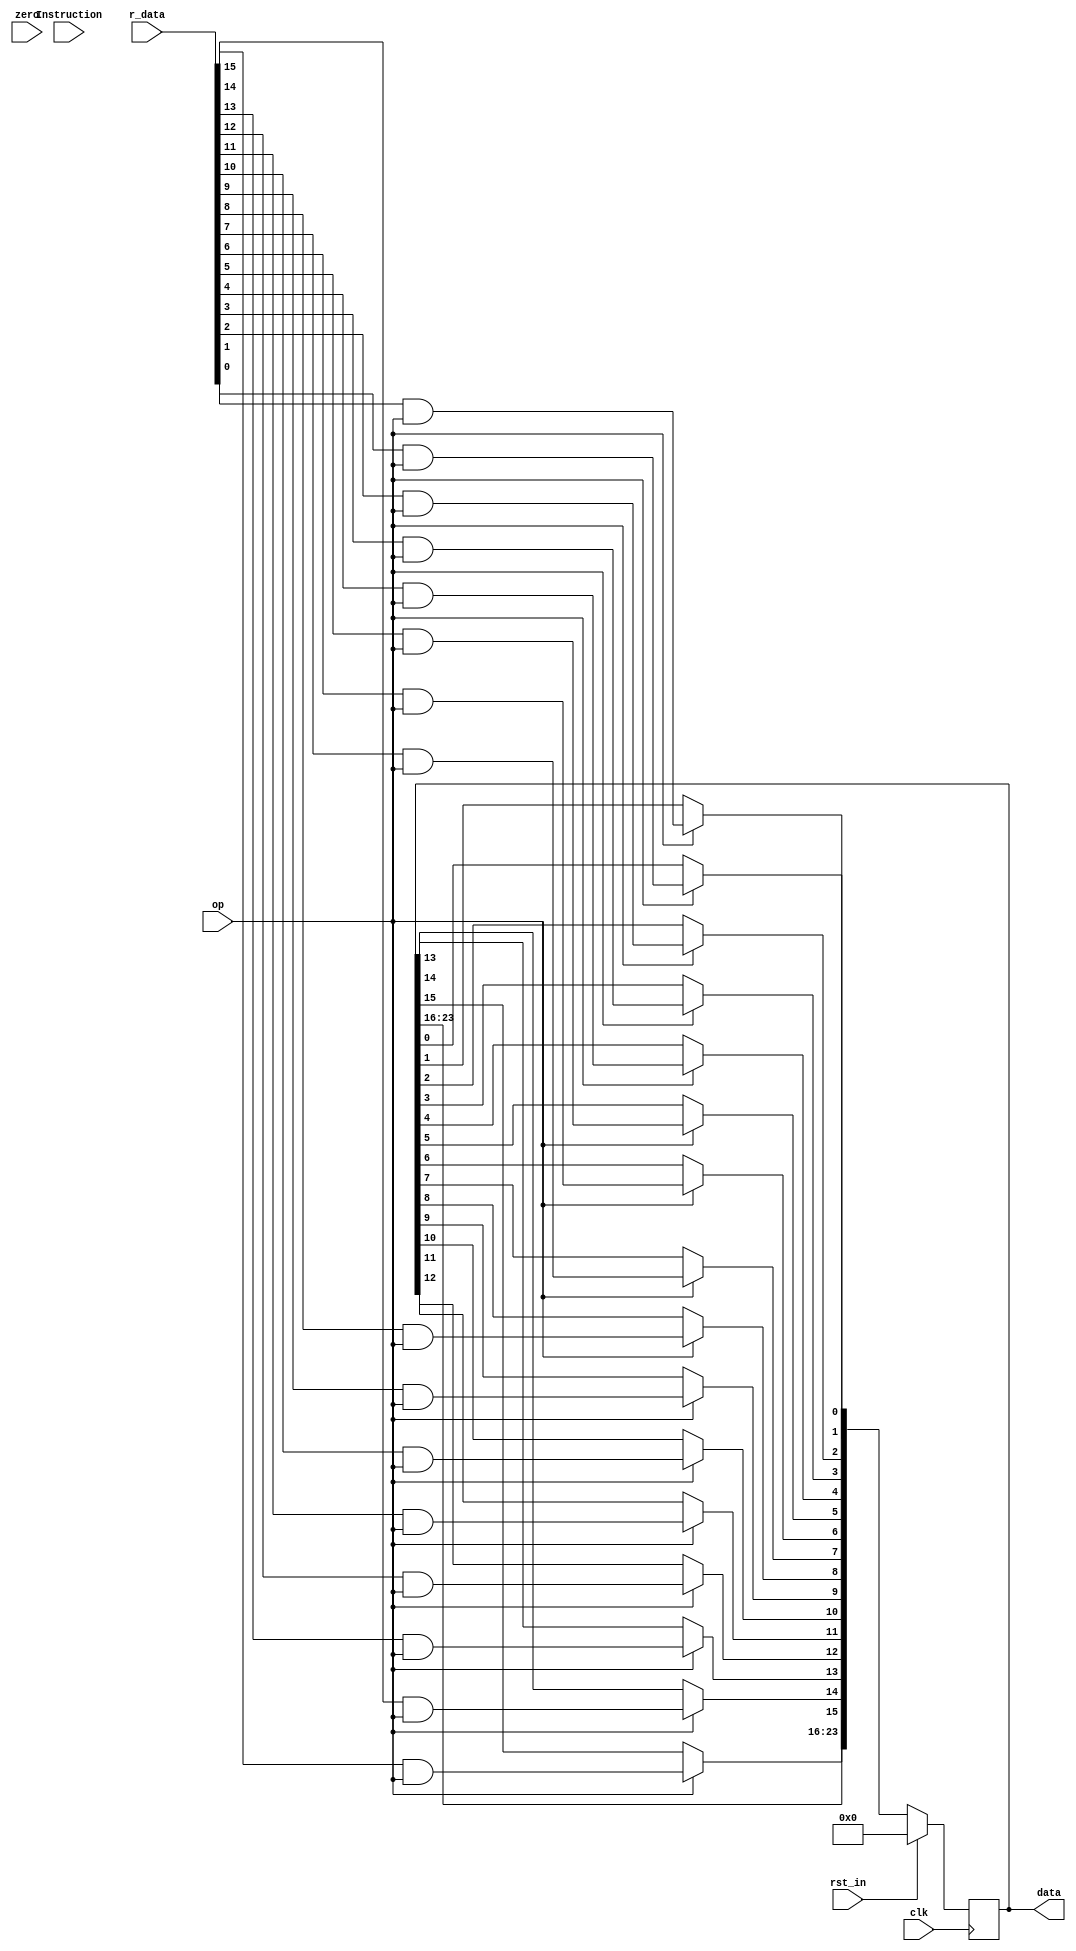
`timescale 1ns / 1ps
//////////////////////////////////////////////////////////////////////////////////
// Company: 
// Engineer: 
// 
// Design Name: 
// Module Name: Led
// Project Name: 
// Target Devices: 
// Tool Versions: 
// Description: 
// 
// Dependencies: 
// 
// Revision:
// Revision 0.01 - File Created
// Additional Comments:
// 
//////////////////////////////////////////////////////////////////////////////////


module Led(
    zero,op,data,r_data,Instruction, rst_in, clk
    );
    input zero;
    input rst_in;
    input clk;
    input[31:0] Instruction;
    input op;                   //show if op=1
    output reg[23:0] data;          //
    input[15:0] r_data;         //data

    wire enable;
    assign enable = (Instruction>0); 
    /*always @* begin
        out[23:18] <= (out[23:18]|opcode);
        out[15:0] <= (out[15:0]|r_data);
    end*/
    always @(negedge clk) begin
        if (rst_in) begin
            data = 0;
        end
        else if(op==1) begin
            //data = {Instruction[31:16],Instruction[7:0]};
            // data[23:18] = Instruction[31:26];
            // data[17] = zero;
            // data[16] = enable;

            data[15]=(r_data[15]&op);
            data[14]=(r_data[14]&op);
            data[13]=(r_data[13]&op);
            data[12]=(r_data[12]&op);
            data[11]=(r_data[11]&op);
            data[10]=(r_data[10]&op);
            data[9]=(r_data[9]&op);
            data[8]=(r_data[8]&op);
            data[7]=(r_data[7]&op);
            data[6]=(r_data[6]&op);
            data[5]=(r_data[5]&op);
            data[4]=(r_data[4]&op);
            data[3]=(r_data[3]&op);
            data[2]=(r_data[2]&op);
            data[1]=(r_data[1]&op);
            data[0]=(r_data[0]&op);
        end
        else 
            data = data;
    end

endmodule